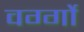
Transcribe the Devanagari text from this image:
वर्ग्गो